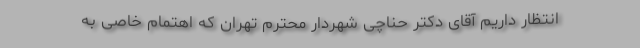
انتظار داریم آقای دکتر حناچی شهردار محترم تهران که اهتمام خاصی به